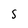
Character: S